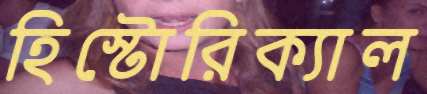
হিস্টোরিক্যাল